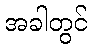
အခါတွင်